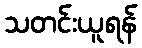
သတင်းယူရန်